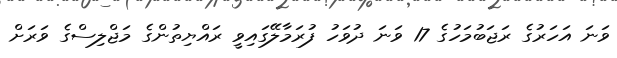
ވަނަ އަހަރުގެ ރަޖަބުމަހުގެ 17 ވަނަ ދުވަހު ފުރަމާލޭގައިވީ ރައްޔިތުންގެ މަޖްލިސްގެ ވަރަށް